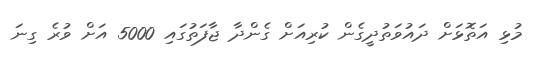
މުޅި އަތޮޅަށް ދައުވަތުދީގެން ކުރިއަށް ގެންދާ ޖާފަތުގައި 5000 އަށް ވުރެ ގިނަ